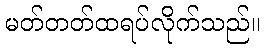
မတ်တတ်ထရပ်လိုက်သည်။